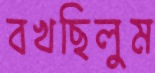
বখছিলুম